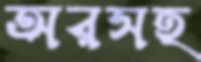
অরসহ